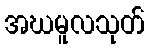
အဃမူလသုတ်